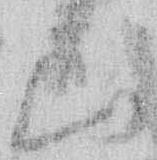
山